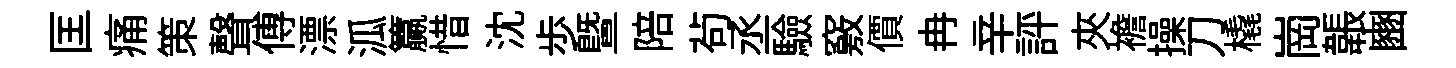
匡痛策聲傅漂泒籯惜沈歩暨陪茍丞驗竅價冉辛評夾襜操刀橇崗韔豳